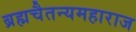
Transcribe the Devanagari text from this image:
ब्रह्मचैतन्यमहाराज